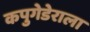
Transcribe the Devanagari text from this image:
कपुगेडेराला